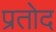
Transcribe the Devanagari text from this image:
प्रतोद